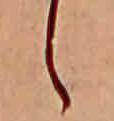
ら